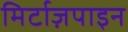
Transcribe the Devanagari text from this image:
मिर्टाज़पाइन